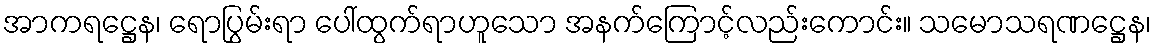
အာကရဋ္ဌေန၊ ရောပြွမ်းရာ ပေါ်ထွက်ရာဟူသော အနက်ကြောင့်လည်းကောင်း။ သမောသရဏဋ္ဌေန၊